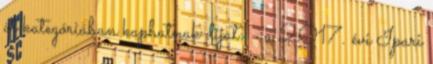
öt kategóriában kaphatnak díjat: - a 2017. évi Ipari